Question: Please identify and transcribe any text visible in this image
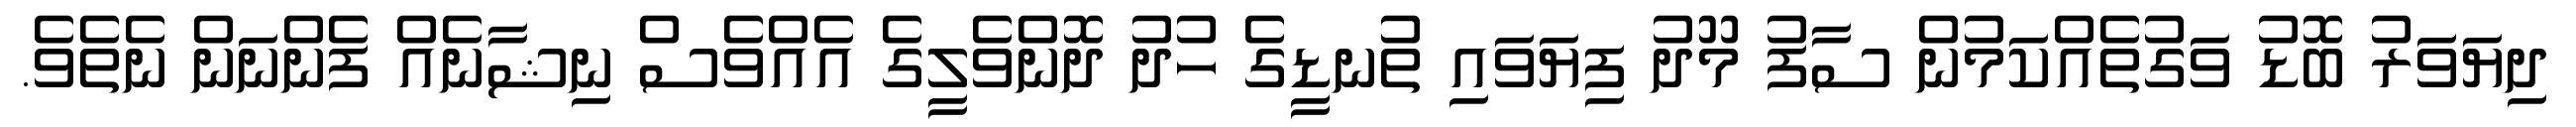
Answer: ދިޔަވަރު ބޮޑު ވަގުތެއްކަމުން ސާފު މޫދު ފިޔަވައި ތުނޑީގެ ހުދު ދޮންވެލީގެ އެއްވެސް ނިޝާނެއް ފެންނަން ނެތެވެ.